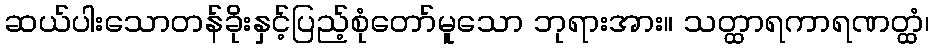
ဆယ်ပါးသောတန်ခိုးနှင့်ပြည့်စုံတော်မူသော ဘုရားအား။ သတ္ထာရကာရဏတ္ထံ၊